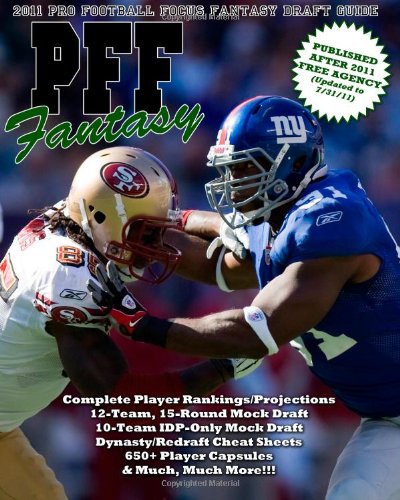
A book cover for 2011 PFF Fantasy Draft Guide; Mike Clay; Humor & Entertainment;